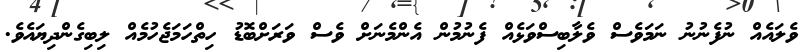
ވެލައެއް ނުފެނުނު ނަމަވެސް ވެލާބިސްވަޅެއް ފެނުމުން އެންމެނަށް ވެސް ވަރަށްބޮޑު ހިތްހަމަޖެހުމެއް ލިބިގެންދިޔައެވެ.